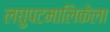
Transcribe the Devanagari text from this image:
लघुपटमालिकेला